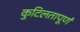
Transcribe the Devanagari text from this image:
कुटिलतापूर्ण